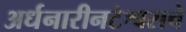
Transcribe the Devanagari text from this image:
अर्धनारीनटेश्वराचे